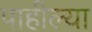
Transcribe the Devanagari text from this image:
पाहील्या